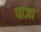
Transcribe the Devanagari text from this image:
पाजा